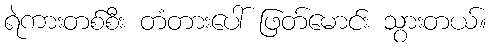
ရဲကားတစ်စီး တံတားပေါ် ဖြတ်မောင်း သွားတယ်။